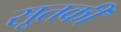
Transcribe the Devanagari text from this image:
सूतकी